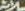
لاثة